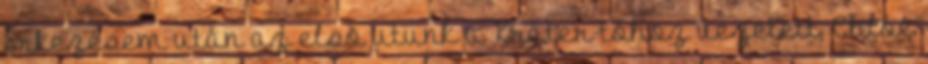
Érkezésem után az elsõ utunk a Kráter-tóhoz vezetett, Chloé